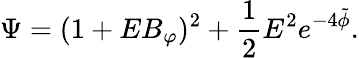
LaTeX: \Psi=(1+EB_{\varphi})^{2}+\frac{1}{2}E^{2}e^{-4\tilde{\phi}}.